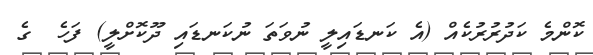
ކޮންމެ ކަދުރުރުކެއް (އެ ކަނޑައިލީ ނުވަތަ ނުކަނޑައި ދޫކޮށްލީ) ފަހެ  ގެ